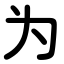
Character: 为